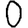
Digit: 0